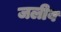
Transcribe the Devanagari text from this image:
जलीव